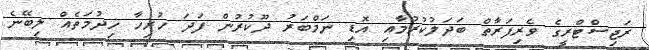
ރަޖިސްޓްރީގެ ވެރިފަރާތް ބަދަލުކުރުމާއި އޮޑި ނަމްބަރު ދޫކުރުން ފަދަ ހުރިހާ ހިދުމަތެއް ލިބޭނެ